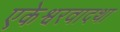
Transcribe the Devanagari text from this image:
एकेश्वरवादथा